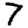
Digit: 7